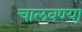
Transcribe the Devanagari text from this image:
चालवण्या